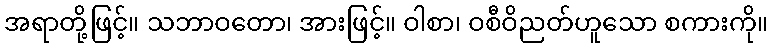
အရာတို့ဖြင့်။ သဘာဝတော၊ အားဖြင့်။ ဝါစာ၊ ဝစီဝိညတ်ဟူသော စကားကို။